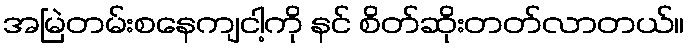
အမြဲတမ်းစနေကျငါ့ကို နင် စိတ်ဆိုးတတ်လာတယ်။